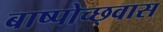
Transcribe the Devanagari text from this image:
बाष्पोच्छ्‌वास